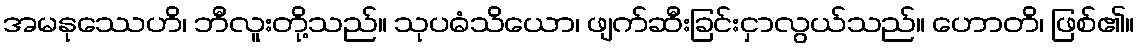
အမနုဿေဟိ၊ ဘီလူးတို့သည်။ သုပဓံသိယော၊ ဖျက်ဆီးခြင်းငှာလွယ်သည်။ ဟောတိ၊ ဖြစ်၏။